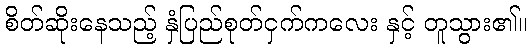
စိတ်ဆိုးနေသည့် နှံပြည်စုတ်ငှက်ကလေး နှင့် တူသွား၏။